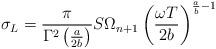
LaTeX: \begin{align*}\sigma_{L} = \frac{\pi}{\Gamma^2 \left( \frac{a}{2 b} \right)} S \Omega_{n+1} \left( \frac{\omega T}{2 b} \right)^{\frac{a}{b} - 1}\end{align*}